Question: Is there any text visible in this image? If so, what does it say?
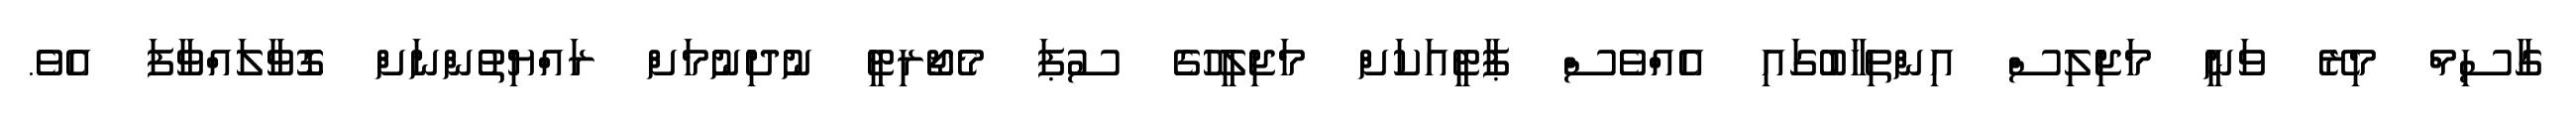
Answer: ގާސިމް މިރޭ ވަނީ މަޖިލިސް އިންތިހާބުގައި އެއްވެސް ޕާޓީއަކަށް މަޖިލީހުގެ ސުޕަ މެޖޯރިޓީ ނުދިނުމަށް ރައްޔިތުންނަށް ގޮވާލައްވާފަ އެވެ.